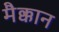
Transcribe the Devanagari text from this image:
मैक्कान